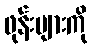
ဖုန်းများကို